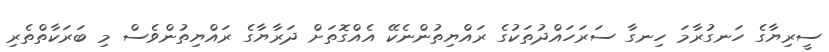
ސީރިޔާގެ ހަނގުރާމަ ހިނގާ ސަރަހައްދުތަކުގެ ރައްޔިތުންނެކޭ އެއްގޮތަށް ދަރާޔާގެ ރައްޔިތުންވެސް މި ބަރަކާތްތެރި